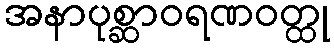
အနာပုစ္ဆာဝရဏဝတ္ထု